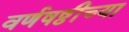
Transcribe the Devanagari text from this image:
वर्णषष्ठीच्या